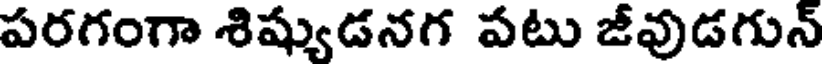
పరగంగా శిష్యుడనగ పటు జీవుడగున్